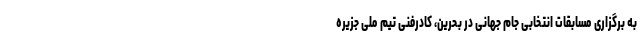
به برگزاری مسابقات انتخابی جام جهانی در بحرین، کادرفنی تیم ملی جزیره